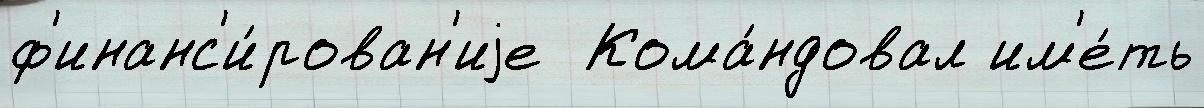
ф'инанс'и́рован'иjе  Кома́ндовал им'е́ть